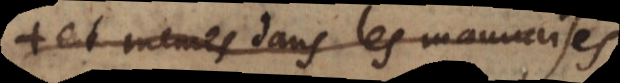
et mêmes dans les mauvaises